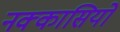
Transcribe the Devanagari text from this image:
नक्‍कासियों